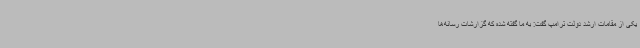
یکی از مقامات ارشد دولت ترامپ گفت: به ما گفته شده که گزارشات رسانه‌ها